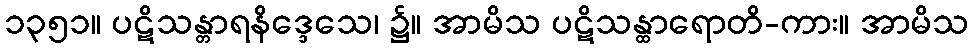
၁၃၅၁။ ပဋိသန္တာရနိဒ္ဒေသေ၊ ၌။ အာမိသ ပဋိသန္ထာရောတိ-ကား။ အာမိသ